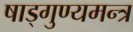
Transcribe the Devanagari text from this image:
षाड्गुण्यमन्त्र